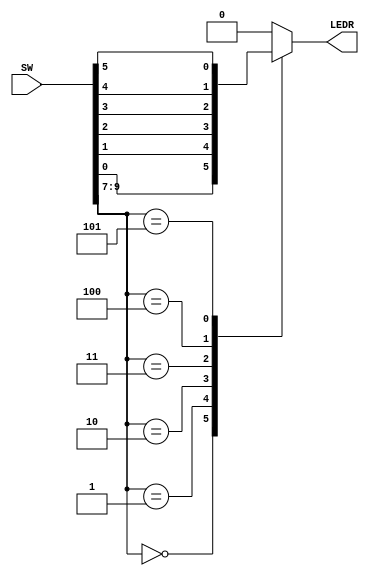
`timescale 1ns / 1ns // `timescale time_unit/time_precision

module main (input [9:0] SW, output reg [0:0] LEDR);
	 
    always @(*)//   declare always block 
    begin
        case(SW[9:7])       //   start case statement
            3'b000: LEDR[0] = SW[0]; // case 0
            3'b001: LEDR[0] = SW[1]; // case 1
            3'b010: LEDR[0] = SW[2]; // case 2
            3'b011: LEDR[0] = SW[3]; // case 3 
            3'b100: LEDR[0] = SW[4]; // case 4 
            3'b101: LEDR[0] = SW[5]; // case 5
            default: LEDR[0] = 0;       //   default case
        endcase
    end
endmodule